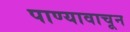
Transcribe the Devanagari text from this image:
पाण्यावाचून